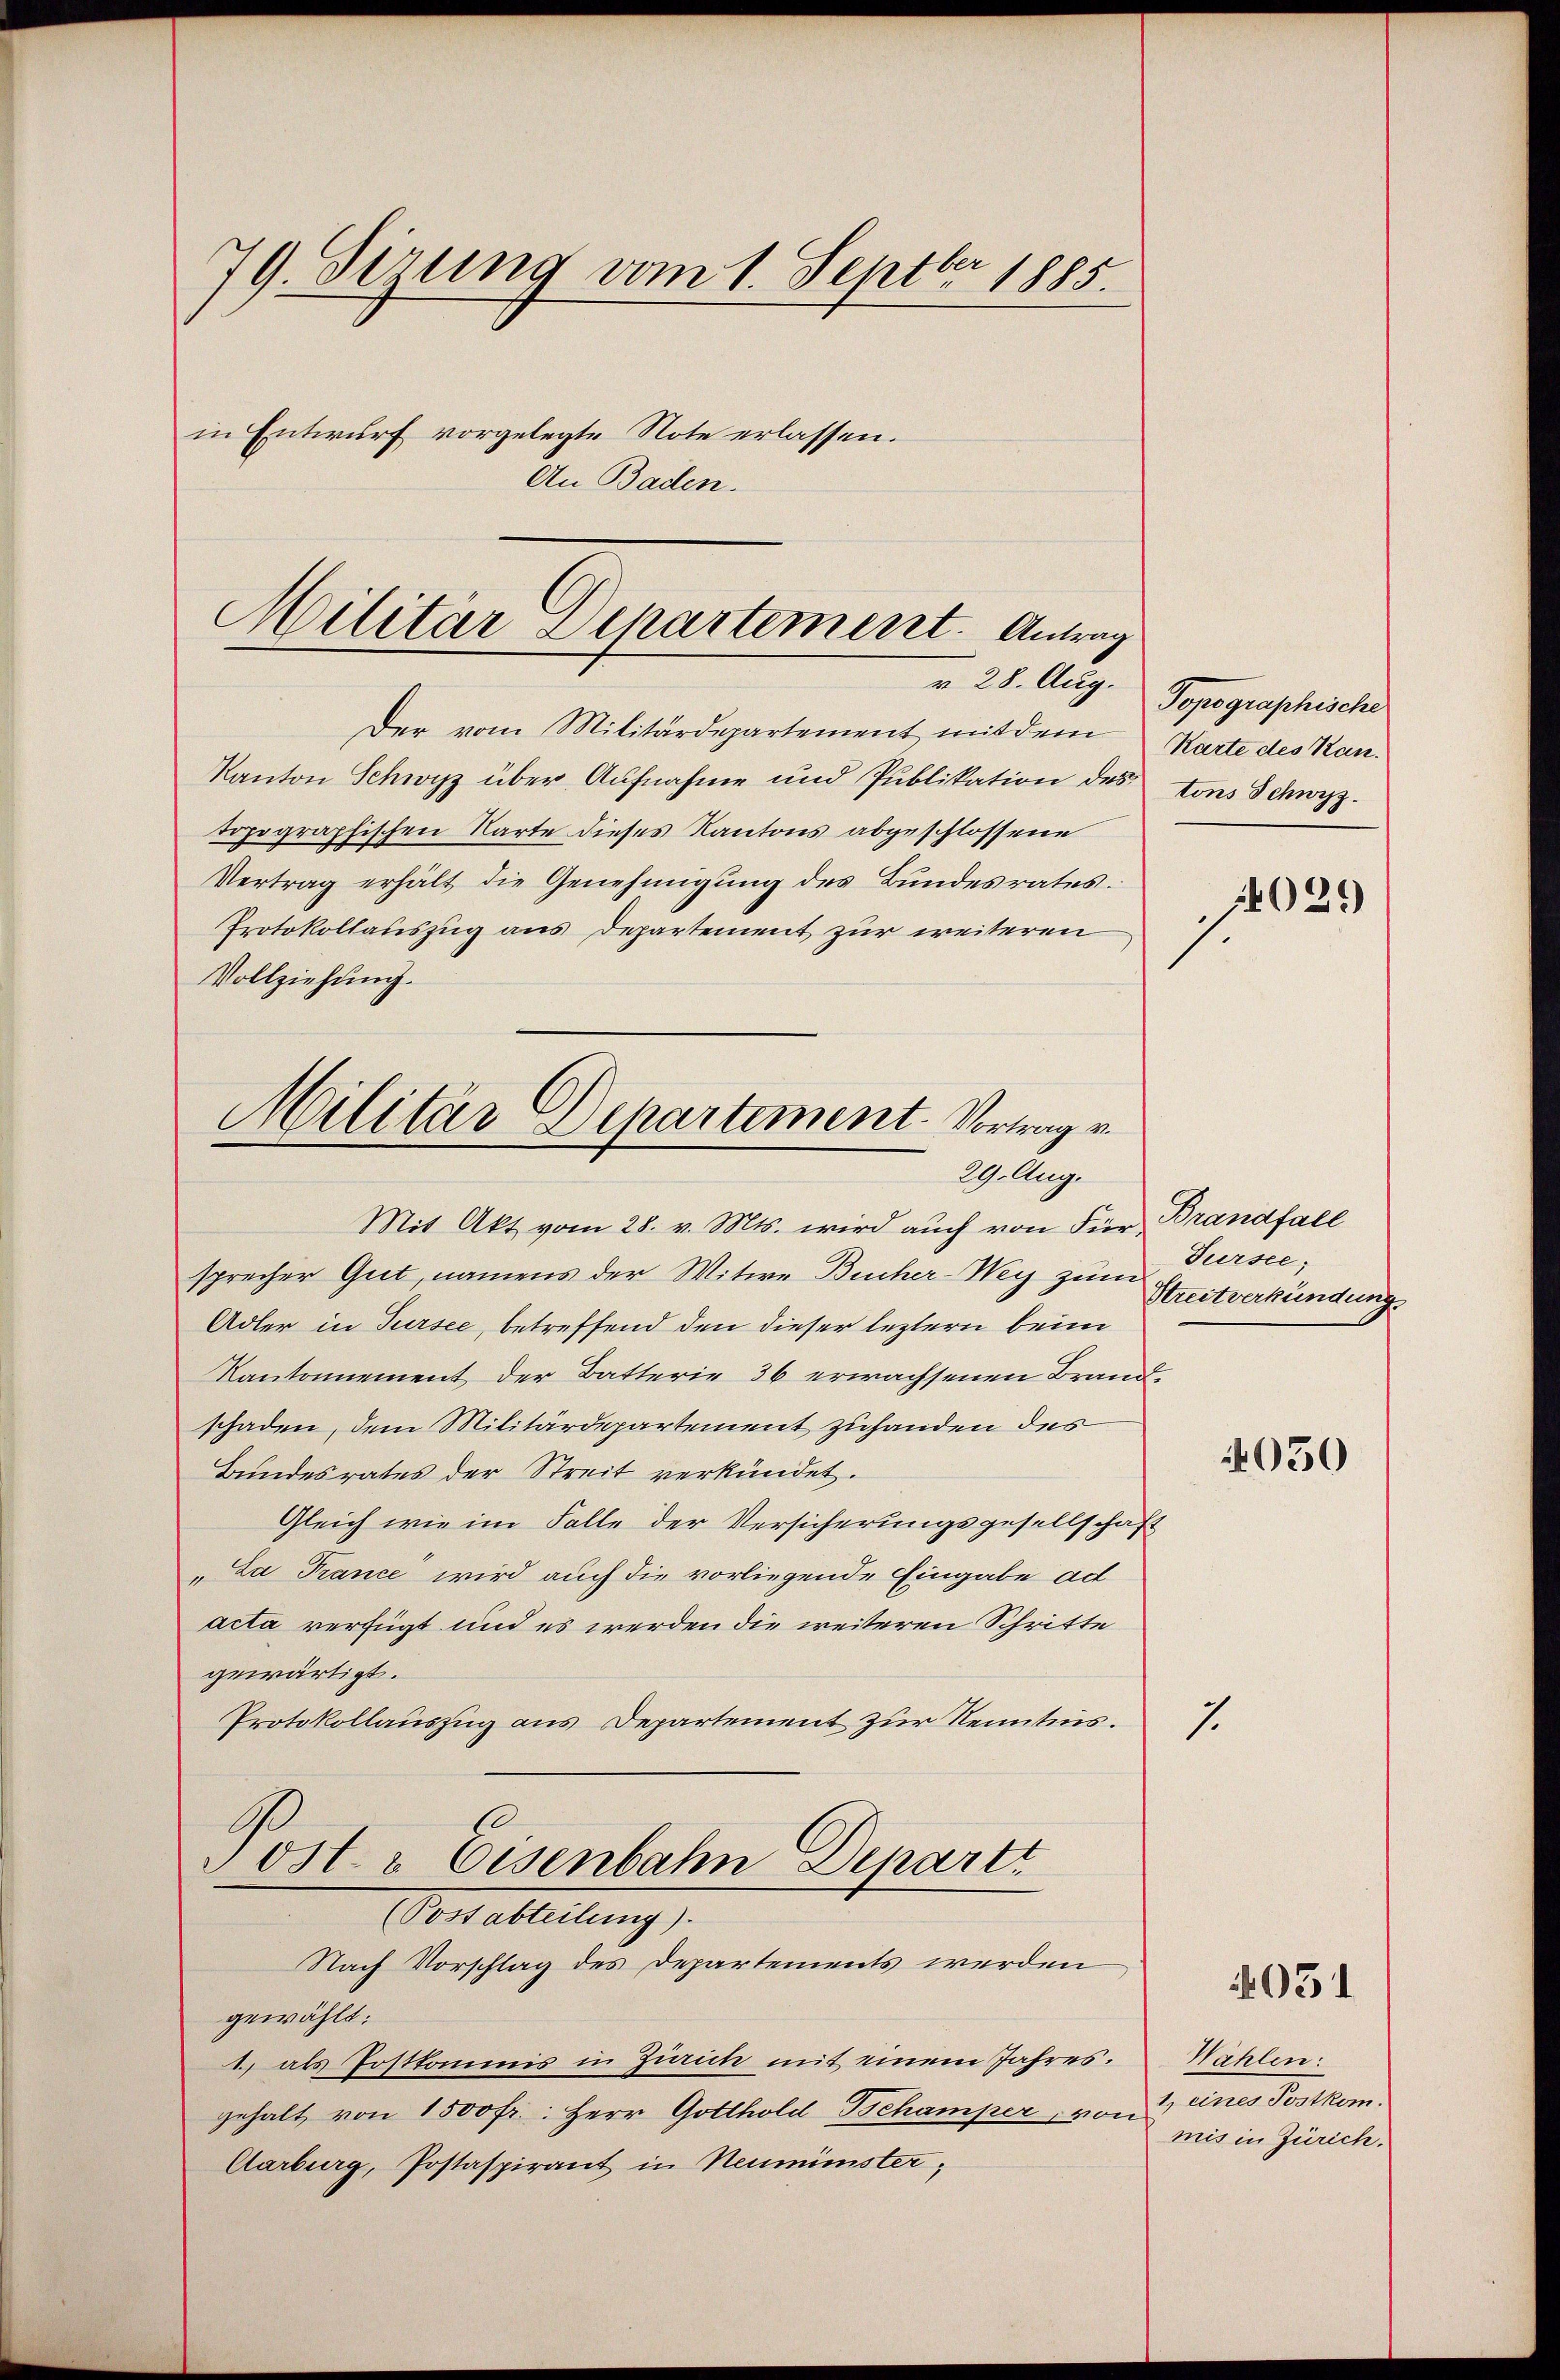
79. dirung vom 1. Septbr 1885.
in Entwurf vorgelegte Note erlassen.
An Baden.

Militar Departement. Antrag
r 28. Aug.

Der vom Militärdepartement mit dem
Kanton Schwyz über Aufnahme und Publikation des tons Schwyz.
topographischen Karte dieses Kantons abgeschlossene
Vertrag erhält die Genehmigung des Bundesrates.
Protokollauszug aus Departement zur weiteren
Vollziehung.

Militär Departement-Vortrag v
29. Aug.

Mit Akt vom 28. v. Mts. wird auch von Für Brandfall
sprecher Gut, namens der Witwe Bucher-Wey zum Pursee,
Adler in Tursee, betreffend den dieser leztern beim
Kantonnement der Batterie 36 erwachsenen Brandschaden, dem Militärdepartement zuhanden des
Bundesrates der Streit verkündet.
Gleich wie im Falle der Versicherungsgesellschaft
Da France wird auch die vorliegende Eingabe ad
acta verfügt und es werden die weiteren Schritte
gewärtigt.
Protokollauszug aus Departement zur Kenntnis.
1
Post & Eisenbahn Depart

Boevableitung
Nach Vorschlag des Departements werden
gewählt:
1. als Postkommis in Zürich mit einem Jahres.
gehalt von 1500 fr.: Herr Gotthold Schamper, von
Aarburg, Postaspirant in Neuminister,

Topographische
Karte des Kan¬

1.

14029

Streitverkündung.

4050

031

Wählen:
Denen Partem
mis in Zürich.